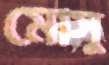
মোসু